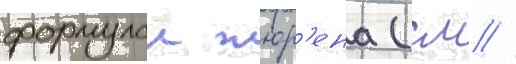
формулои жюр'ена (см //